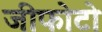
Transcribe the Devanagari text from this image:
जीफोटो